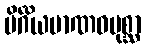
ပိင်္ဂိယမာဏဝပုစ္ဆာ